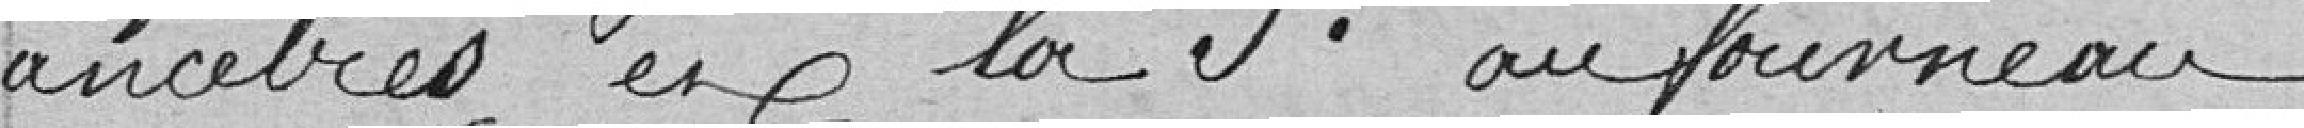
Ancêtres et la cinquième au Fourneau.